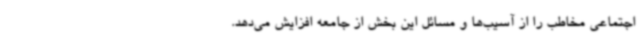
اجتماعی مخاطب را از آسیب‌ها و مسائل این بخش از جامعه افزایش می‌دهد.